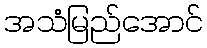
အသံမြည်အောင်